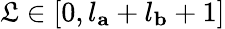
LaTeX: \mathfrak{L}\in[0,l_{\mathbf{{a}}}+l_{\mathbf{{b}}}+1]